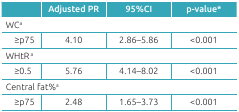
|  | Adjusted PR | 95%CI | p-value* |
 | --- | --- | --- | --- |
 | <COLSPAN=4> WCa |
 | ≥p75 | 4.10 | 2.86-5.86 | <0.001 |
 | <COLSPAN=4> WHtR a |
 | ≥0.5 | 5.76 | 4.14-8.02 | <0.001 |
 | <COLSPAN=4> Central fat%a |
 | ≥p75 | 2.48 | 1.65-3.73 | <0.001 |